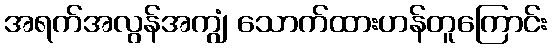
အရက်အလွန်အကျွံ သောက်ထားဟန်တူကြောင်း